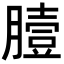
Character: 𦠉